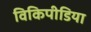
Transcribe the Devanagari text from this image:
विकिपीडिया